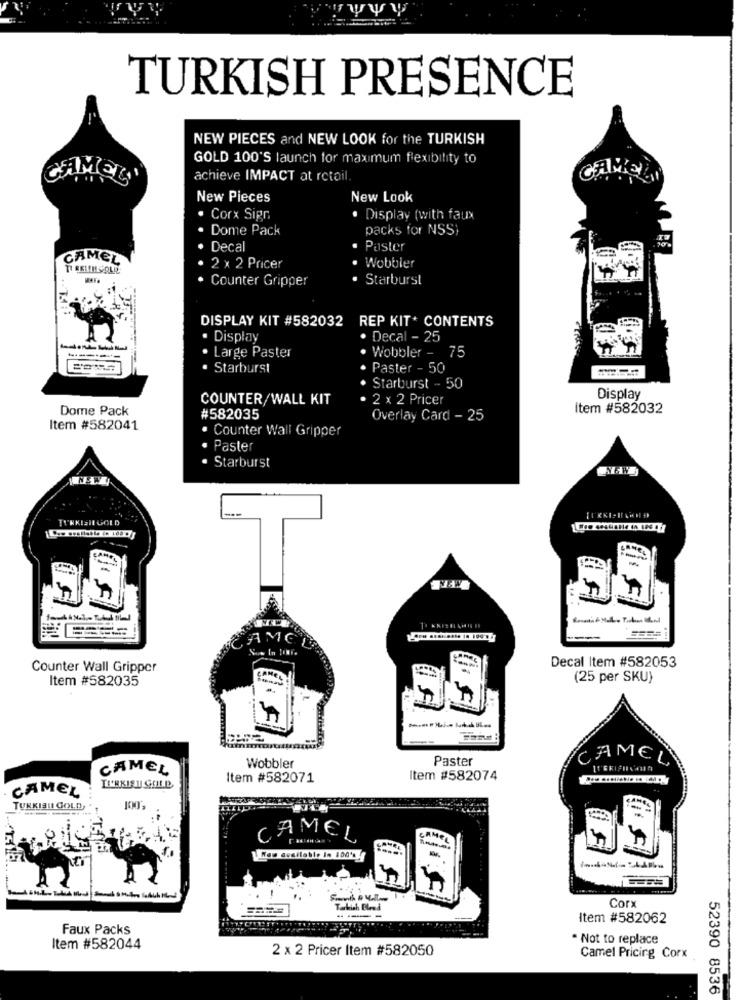
TURKISH PRESENCE
NEW PIECES and NEW LOOK for the TURKISH
GOLD 100'S launch for maximum flexibility to
GAMES'
achieve IMPACT at retail.
New Pieces
New Look
Corx Sipr
. Display (with faux
Dome Pack
packs for NSSI
Decal
Paster
CAMEL
2 × 2 Pricer
· Wobbler
Counter Gripper
Starburst
DISPLAY KIT #582032 REP KIT. CONTENTS
. Display
Decal - 25
Large Paster
Wobbler - 75
· Starburst
·
Paster - 50
·
Starburst - 50
COUNTER/WALL KIT
· 2 × 2 Pricer
Display
Dome Pack
Item #582032
#582035
Overlay Card - 25
Item #582041
. Counter Wall Gripper
· Paster
· Starburst
---
In !
Decal Item #582053
Counter Wall Gripper
Item #582035
(25 per SKU)
Paster
CAMEL
CAMEL
Wobbler
Item #582071
Item #582074
CAMEL
TURKISHI GOLD
CAMEL
Corx
Tarkich Bleed
----
Item #582062
Faux Packs
. Not to replace
Item #582044
2 x 2 Pricer Item #582050
Camel Pricing Corx
52390 8536